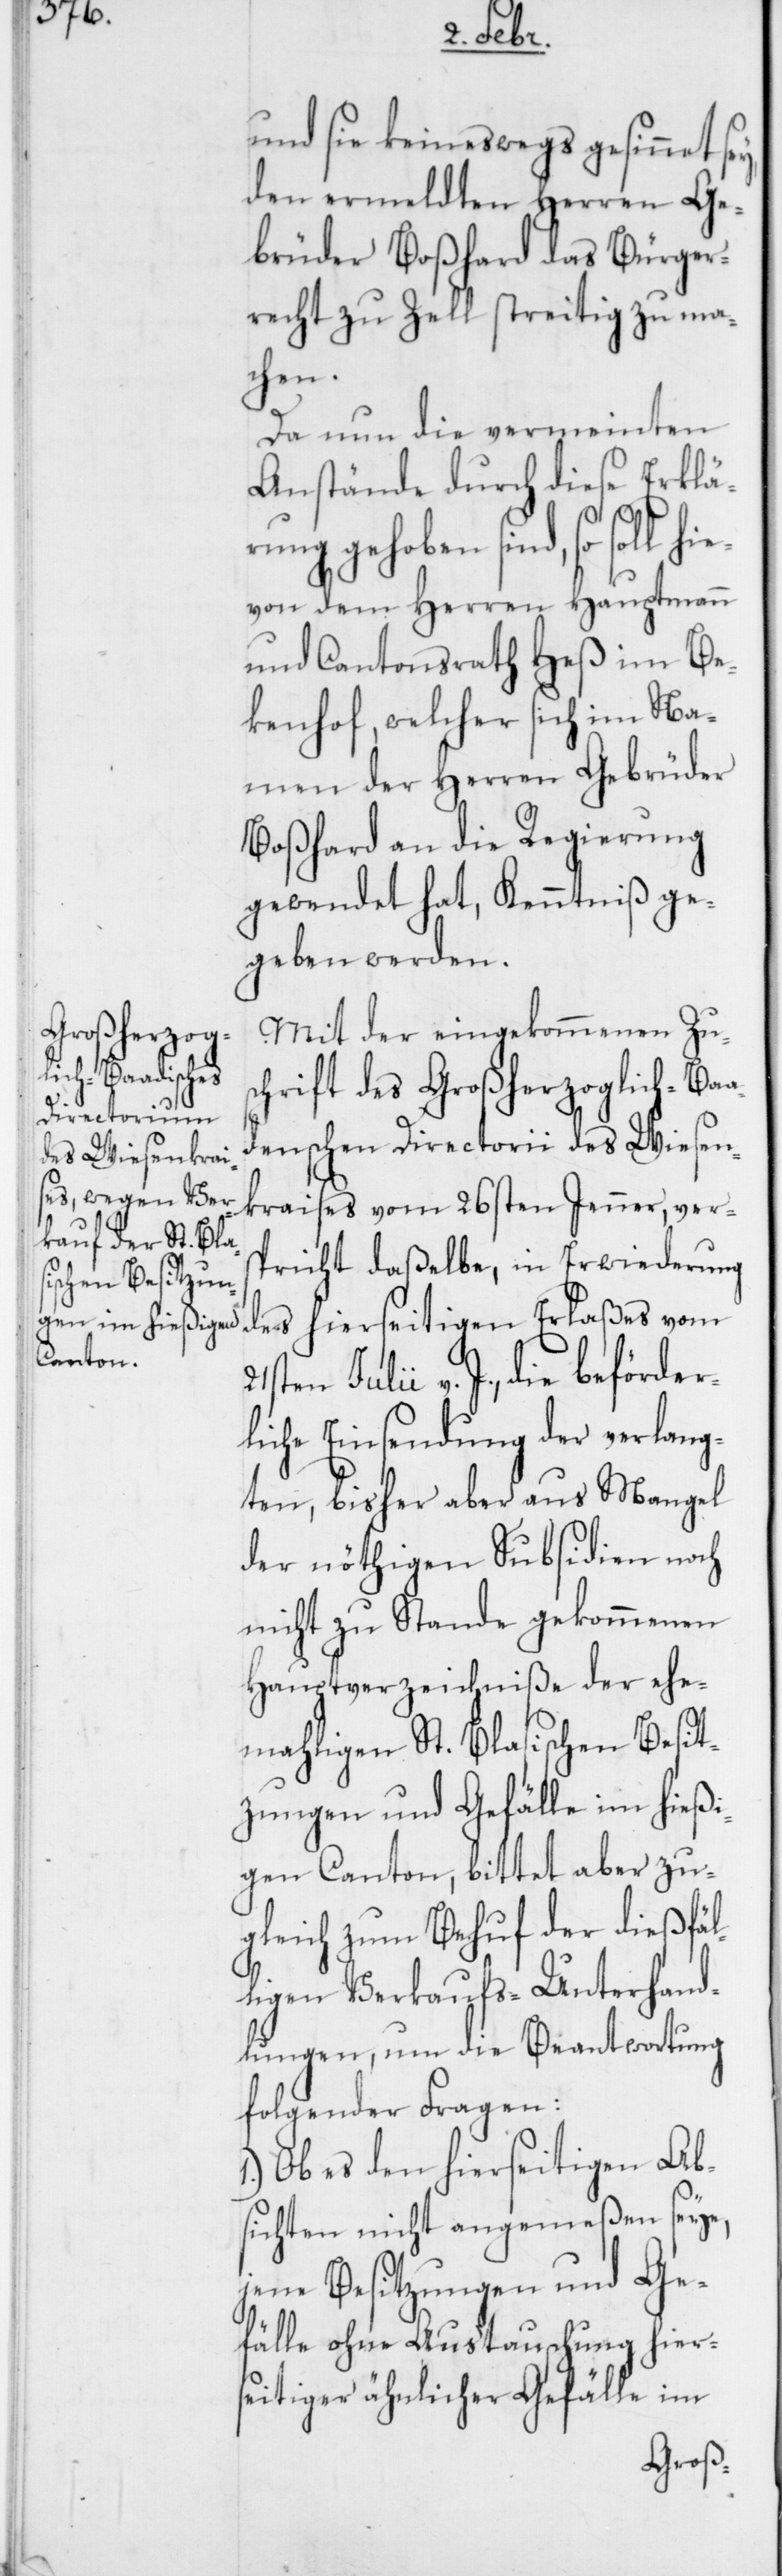
und sie keineswegs gesinnet
den ermeldten Herren Ge¬
brüder Boßhard das Bürger¬
recht zu Zell streitig zu ma¬
chen.
Da nun die vermeinten
Anstände durch diese Erklär¬
ung gehoben sind, so soll
hievon dem Herren Hauptmann
und Cantonsrath Heß im Be¬
kenhof, welcher sich im Na¬
men der Herren Gebrüder
Boßhard an die Regierung
gewendet hat, Kenntniß ge¬
geben werden.
Mit der eingekommenen Zus¬
chrift des Großherzoglich-Baa¬
denschen Directorii des Wiesen¬
kraises vom 26sten Jenner, ver¬
spricht daßelbe, in Erwiederung
des hierseitigen Erlaßes vom
Julii v. J., die beförder¬
liche Einsendung der verlang¬
ten, bisher aber aus Mangel
der nöthigen Subsidien noch
nicht zu Stande gekommenen
Hauptverzeichniße der ehe¬
maligen St. Blasischen Besit¬
zungen und Gefälle im hießi¬
gen Canton, bittet aber zu¬
gleich zum Behuf der dießfäl¬
ligen Verkaufs-Unterhand¬
lungen, um die Beantwortung
folgender Fragen:
Ob es den hierseitigen Ab¬
sichten nicht angemeßen seye,
jene Besitzungen und Ge¬
fälle ohne Austauschung hier¬
seitiger ähnlicher Gefälle im